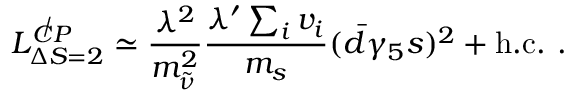
L _ { \Delta S = 2 } ^ { \not { C P } } \simeq \frac { \lambda ^ { 2 } } { m _ { \tilde { \nu } } ^ { 2 } } \frac { \lambda ^ { \prime } \sum _ { i } ^ { } v _ { i } } { m _ { s } } ( \bar { d } \gamma _ { 5 } s ) ^ { 2 } + \mathrm { h . c . } ~ .